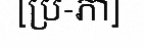
[ប្រ-ភា]